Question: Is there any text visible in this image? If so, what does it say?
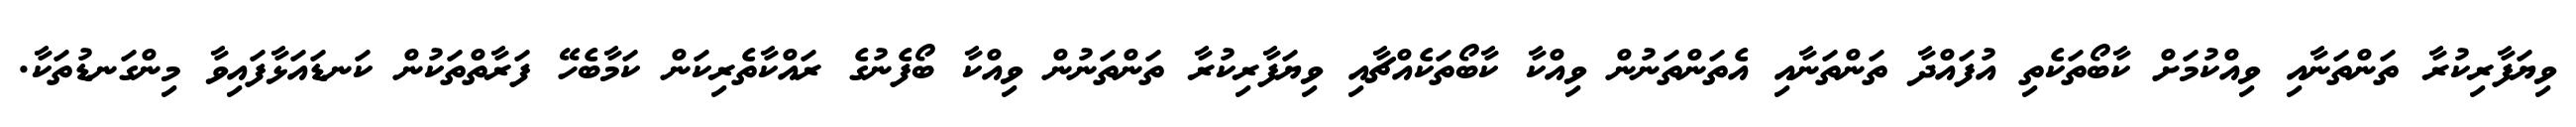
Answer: ވިޔަފާރިކުރާ ތަންތަނާއި ވިއްކުމަށް ކާބޯތަކެތި އުފައްދާ ތަންތަނާއި އެތަންތަނުން ވިއްކާ ކާބޯތަކެއްޗާއި ވިޔަފާރިކުރާ ތަންތަނުން ވިއްކާ ބޯފެނުގެ ރައްކާތެރިކަން ކަމާބެހޭ ފަރާތްތަކުން ކަނޑައަޅާފައިވާ މިންގަނޑުތަކާ.